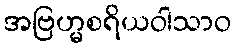
အဗြဟ္မစရိယဝါသာဝ